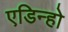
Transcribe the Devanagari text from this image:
एडिन्हो